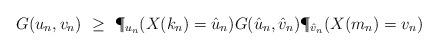
LaTeX: \begin{align*}G(u_n,v_n) ~\geq~ \P_{u_n}(X(k_n) = \hat{u}_n) G(\hat{u}_n,\hat{v}_n) \P_{\hat{v}_n}(X(m_n) = v_n) \end{align*}